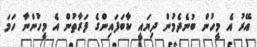
އޭރު އެ މީހުން ބުނެދެމުން ދިޔައީ ކާބަފައިންގެ ފަރާތުން އެ މީހުންނާ ހަމަ